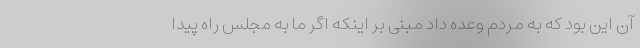
آن این بود که به مردم وعده داد مبنی بر اینکه اگر ما به مجلس راه پیدا